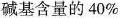
碱基含量的40%